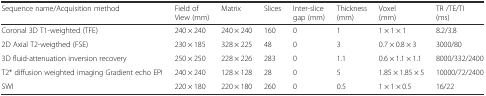
| Sequence name/Acquisition method | Field of View (mm) | Matrix | Slices | Inter-slice gap (mm) | Thickness (mm) | Voxel (mm) | TR /TE/TI (ms) |
 | --- | --- | --- | --- | --- | --- | --- | --- |
 | Coronal 3D T1-weighted (TFE) | 240 × 240 | 240 × 240 | 160 | 0 | 1 | 1 × 1 × 1 | 8.2/3.8 |
 | 2D Axial T2-weigthed (FSE) | 230 × 185 | 328 × 225 | 48 | 0 | 3 | 0.7 × 0.8 × 3 | 3000/80 |
 | 3D fluid-attenuation inversion recovery | 250 × 250 | 228 × 226 | 283 | 0 | 1.1 | 0.6 × 1.1 × 1.1 | 8000/332/2400 |
 | T2* diffusion weighted imaging Gradient echo EPI | 240 × 240 | 128 × 128 | 28 | 0 | 5 | 1.85 × 1.85 × 5 | 10000/72/2400 |
 | SWI | 220 × 180 | 220 × 180 | 260 | 0 | 0.5 | 1 × 1 × 0.5 | 16/22 |